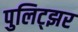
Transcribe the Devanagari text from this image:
पुलिट्झर